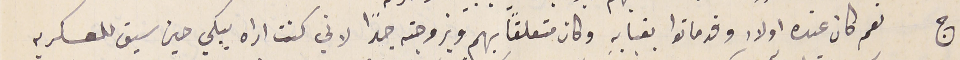
ج نعم كان عنده اولاد وقد ماتوا بغيابه وكان متعلقاً بهم وبزوجته جدًا لاني كنت اراه يبكي حين سيق للعسكريه